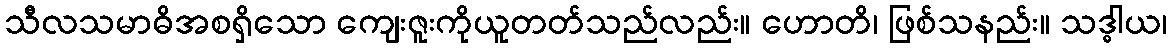
သီလသမာဓိအစရှိသော ကျေးဇူးကိုယူတတ်သည်လည်း။ ဟောတိ၊ ဖြစ်သနည်း။ သဒ္ဓါယ၊